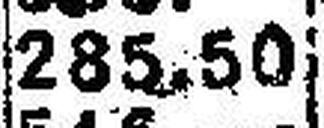
285.50